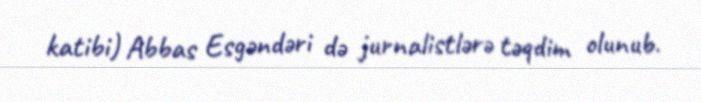
katibi) Abbas Esgəndəri də jurnalistlərə təqdim olunub.